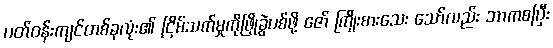
ပတ်ဝန်းကျင်တစ်ခုလုံး၏ ငြိမ်သက်မှုကိုဖြိုခွဲပစ်ဖို့ ဇော် ကြိုးစားသေး သော်လည်း ဘာကစပြီး